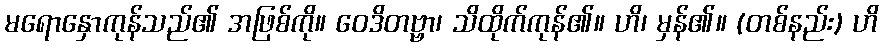
မရောနှောကုန်သည်၏ အဖြစ်ကို။ ဝေဒိတဗ္ဗာ၊ သိထိုက်ကုန်၏။ ဟိ၊ မှန်၏။ (တစ်နည်း) ဟိ